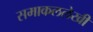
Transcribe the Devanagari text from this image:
समाकललेखी